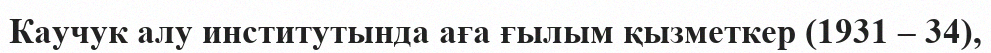
Каучук алу институтында аға ғылым қызметкер (1931 – 34),